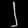
Digit: ၂